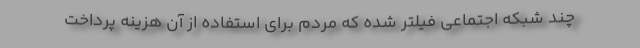
چند شبکه اجتماعی فیلتر شده که مردم برای استفاده از آن هزینه پرداخت